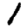
Digit: 1